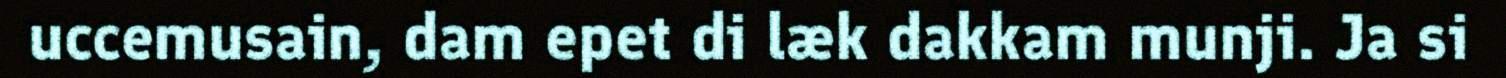
uccemusain, dam epet di læk dakkam munji. Ja si